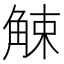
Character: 觫